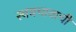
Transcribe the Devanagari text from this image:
स्वबचावाची